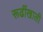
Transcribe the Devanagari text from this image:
रूढींखाली